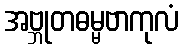
အဗ္ဘုတဓမ္မဗာကုလံ